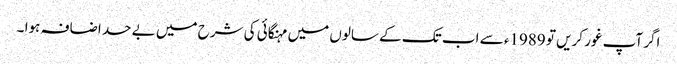
اگر آپ غور کریں تو 1989ء سے اب تک کے سالوں میں مہنگائی کی شرح میں بے حد اضافہ ہوا ۔